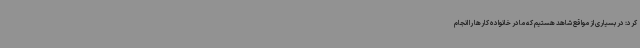
کرد: در بسیاری از مواقع شاهد هستیم که مادر خانواده کارها را انجام